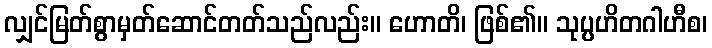
လျှင်မြတ်စွာမှတ်ဆောင်တတ်သည်လည်း။ ဟောတိ၊ ဖြစ်၏။ သုပ္ပဟိတဂါဟီစ၊